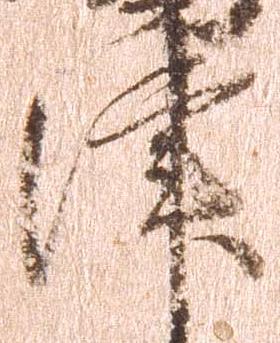
津